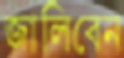
জালিবেন